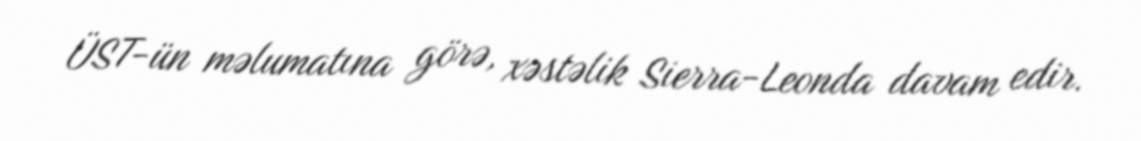
ÜST-ün məlumatına görə, xəstəlik Sierra-Leonda davam edir.